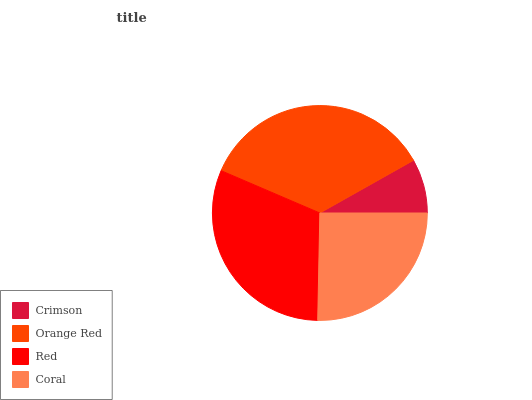
| Crimson | Orange Red | Red | Coral |
 | --- | --- | --- | --- |
 | 8.16% | 35.3% | 31.2% | 25.3% |